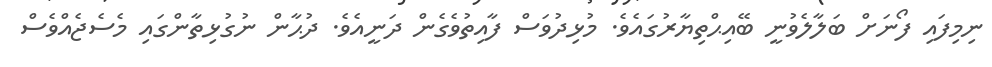
ނިމިފައި ފޯނަށް ބަލާލެވުނީ ބޭއިޙްތިޔާރުގައެވެ. މުޅިދުވަސް ފާއިތުވެގެން ދަނީއެވެ. ދުޙާން ނުގުޅިތާންގައި މެސެޖެއްވެސް